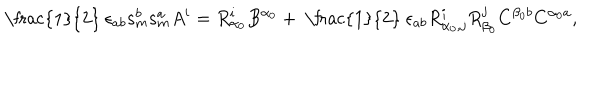
LaTeX: \mathrm { ~ \frac { 1 } { 2 } ~ } \epsilon _ { a b } \mathbf { s } _ { m } ^ { b } \mathbf { s } _ { m } ^ { a } A ^ { i } = R _ { \alpha _ { 0 } } ^ { i } B ^ { \alpha _ { 0 } } + \mathrm { ~ \frac { 1 } { 2 } ~ } \epsilon _ { a b } R _ { \alpha _ { 0 } , j } ^ { i } R _ { \beta _ { 0 } } ^ { j } C ^ { \beta _ { 0 } b } C ^ { \alpha _ { 0 } a } ,